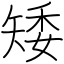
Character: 矮